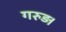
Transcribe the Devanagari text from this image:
गरुड़।